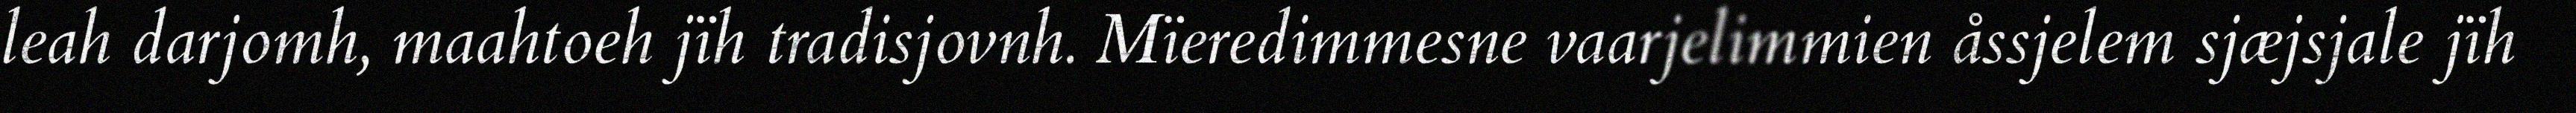
leah darjomh, maahtoeh jïh tradisjovnh. Mïeredimmesne vaarjelimmien åssjelem sjæjsjale jïh